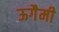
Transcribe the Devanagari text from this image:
ऊगैमी